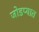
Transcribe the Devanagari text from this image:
जोडप्यात